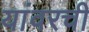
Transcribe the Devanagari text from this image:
यांवरची